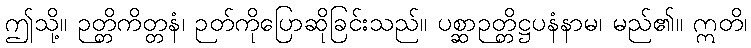
ဤသို့။ ဉတ္တိကိတ္တနံ၊ ဉတ်ကိုပြောဆိုခြင်းသည်။ ပစ္ဆာဉတ္တိဋ္ဌပနံနာမ၊ မည်၏။ ဣတိ၊